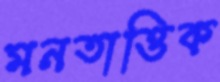
মনতাত্তিক